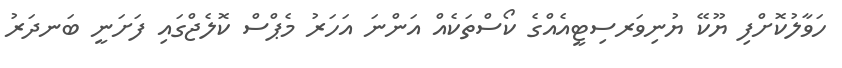
ހަވާލުކޮށްފި ޔޫކޭ ޔުނިވަރސިޓީއެއްގެ ކޯސްތަކެއް އަންނަ އަހަރު މެޕްސް ކޮލެޖްގައި ފަށަނީ ބަނދަރު